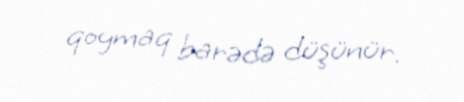
qoymaq barədə düşünür.